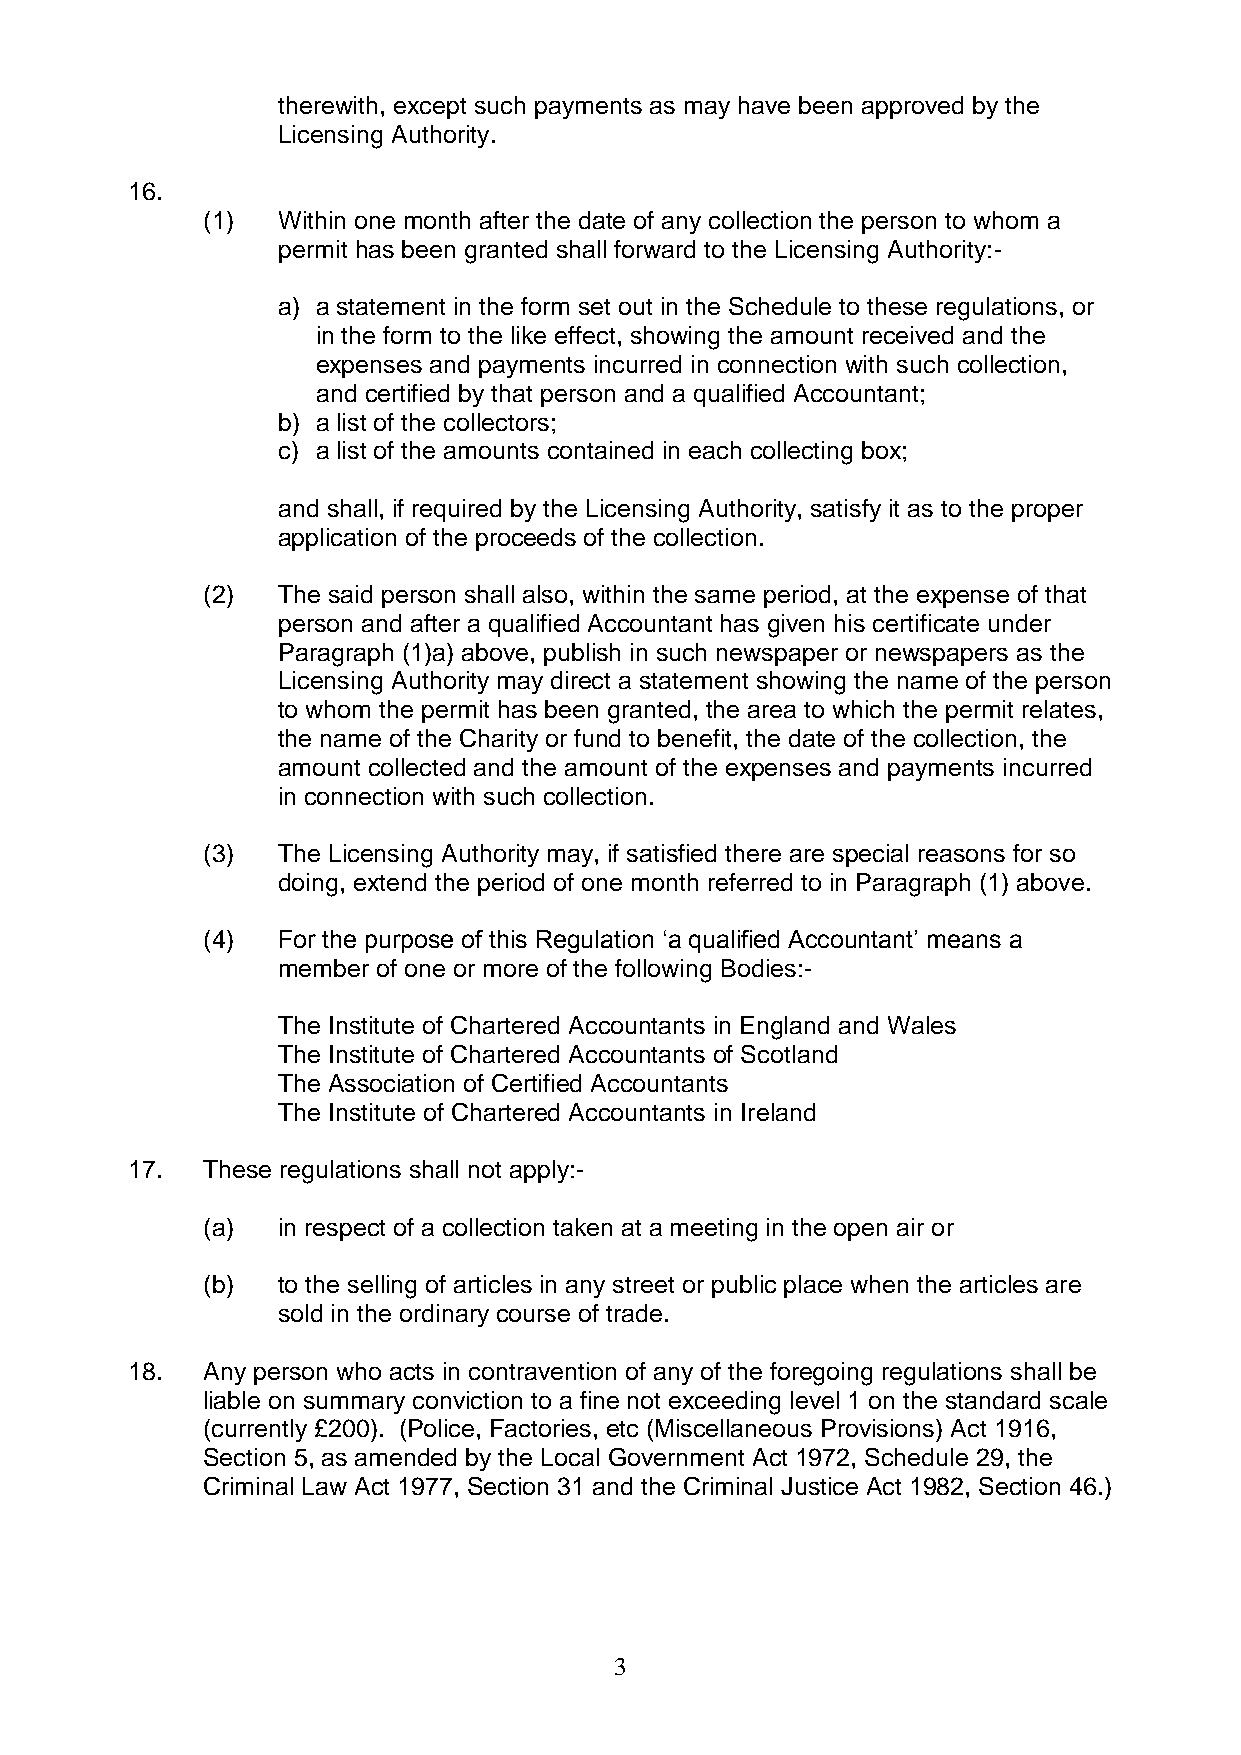
therewith, except such payments as may have been approved by the
 Licensing Authority.
 16.
 (1)  Within one month after the date of any collection the person to whom a
 permit has been granted shall forward to the Licensing Authority:-
 a) a statement in the form set out in the Schedule to these regulations, or
 in the form to the like effect, showing the amount received and the
 expenses and payments incurred in connection with such collection,
 and certified by that person and a qualified Accountant;
 b) a list of the collectors;
 c) a list of the amounts contained in each collecting box;
 and shall, if required by the Licensing Authority, satisfy it as to the proper
 application of the proceeds of the collection.
 (2)  The said person shall also, within the same period, at the expense of that
 person and after a qualified Accountant has given his certificate under
 Paragraph (1)a) above, publish in such newspaper or newspapers as the
 Licensing Authority may direct a statement showing the name of the person
 to whom the permit has been granted, the area to which the permit relates,
 the name of the Charity or fund to benefit, the date of the collection, the
 amount collected and the amount of the expenses and payments incurred
 in connection with such collection.
 (3)  The Licensing Authority may, if satisfied there are special reasons for so
 doing, extend the period of one month referred to in Paragraph (1) above.
 (4)  For the purpose of this Regulation ‘a qualified Accountant’ means a
 member of one or more of the following Bodies:-
 The Institute of Chartered Accountants in England and Wales
 The Institute of Chartered Accountants of Scotland
 The Association of Certified Accountants
 The Institute of Chartered Accountants in Ireland
 17.  These regulations shall not apply:-
 (a)  in respect of a collection taken at a meeting in the open air or
 (b)  to the selling of articles in any street or public place when the articles are
 sold in the ordinary course of trade.
 18.  Any person who acts in contravention of any of the foregoing regulations shall be
 liable on summary conviction to a fine not exceeding level 1 on the standard scale
 (currently £200). (Police, Factories, etc (Miscellaneous Provisions) Act 1916,
 Section 5, as amended by the Local Government Act 1972, Schedule 29, the
 Criminal Law Act 1977, Section 31 and the Criminal Justice Act 1982, Section 46.)
 3